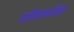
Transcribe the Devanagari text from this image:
चरित्राकरिता